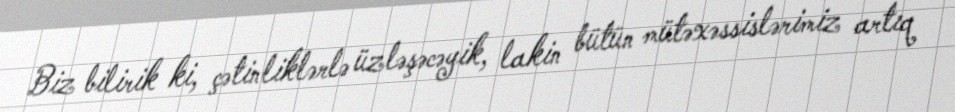
Biz bilirik ki, çətinliklərlə üzləşəcəyik, lakin bütün mütəxəssislərimiz artıq